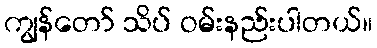
ကျွန်တော် သိပ် ဝမ်းနည်းပါတယ်။